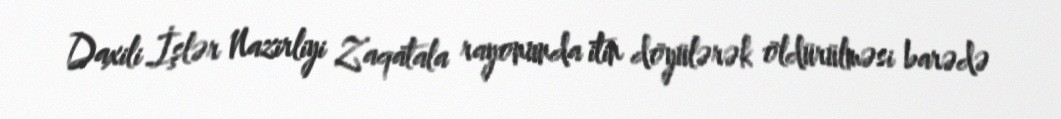
Daxili İşlər Nazirliyi Zaqatala rayonunda itin döyülərək öldürülməsi barədə